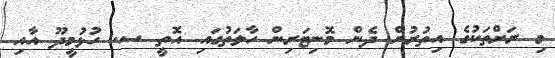
މި ރަށްތަކުގެ އިތުރުން ދެން މޮނިޓަރިން ހާލަތުގައި އޮތީ ސ. ހުޅުމީދޫ އާއި